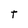
Character: T